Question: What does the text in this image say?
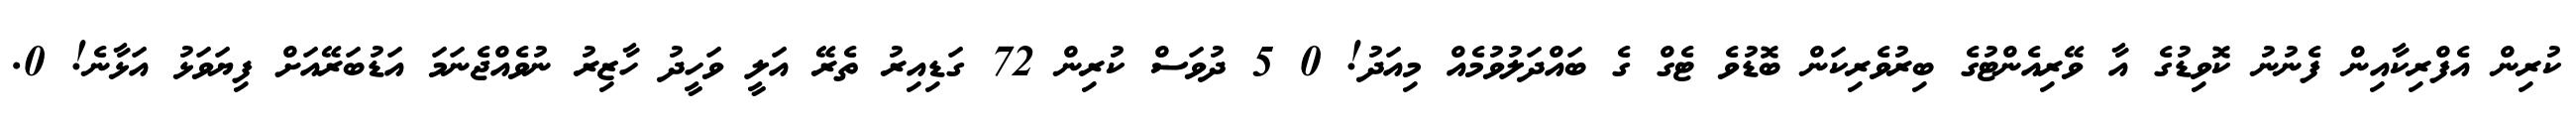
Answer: ކުރިން އެފްރިކާއިން ފެނުނު ކޮވިޑުގެ އާ ވޭރިއެންޓުގެ ބިރުވެރިކަން ބޮޑުވެ ޓެގް ގެ ބައްދަލުވުމެއް މިއަދު! 0 5 ދުވަސް ކުރިން 72 ގަޑިއިރު ތެރޭ އަލީ ވަހީދު ހާޒިރު ނުވެއްޖެނަމަ އަޑުބަރޭއަށް ފިޔަވަޅު އަޅާނެ! 0.